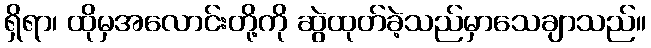
ရှိရာ၊ ထိုမှအလောင်းတို့ကို ဆွဲထုတ်ခဲ့သည်မှာသေချာသည်။